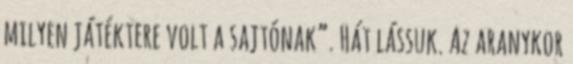
milyen játéktere volt a sajtónak”. Hát lássuk. Az aranykor